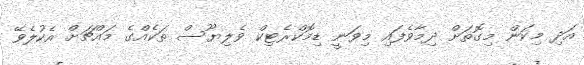
އަދި މިކަން މިގޮތަށް ދިމާވެފައި މިވަނީ ޑިމޮކްރެޓިކް ވެލިޔޫސް ތަކެއްގެ މައްޗަށް އެކުލެވޭ